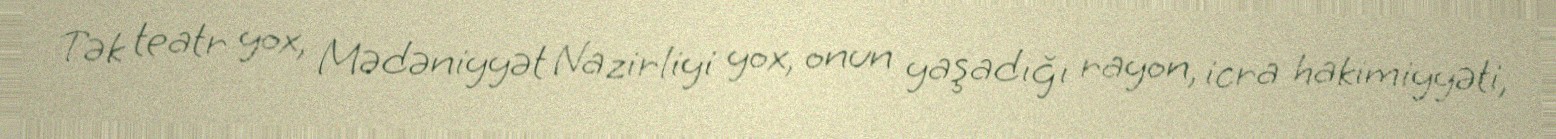
Tək teatr yox, Mədəniyyət Nazirliyi yox, onun yaşadığı rayon, icra hakimiyyəti,